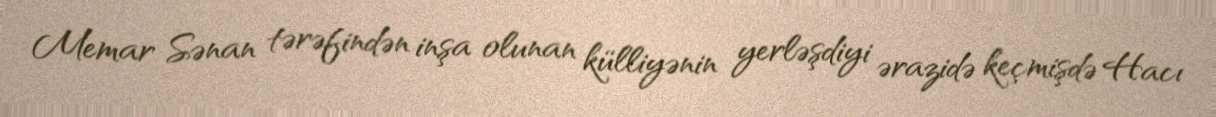
Memar Sənan tərəfindən inşa olunan külliyənin yerləşdiyi ərazidə keçmişdə Hacı